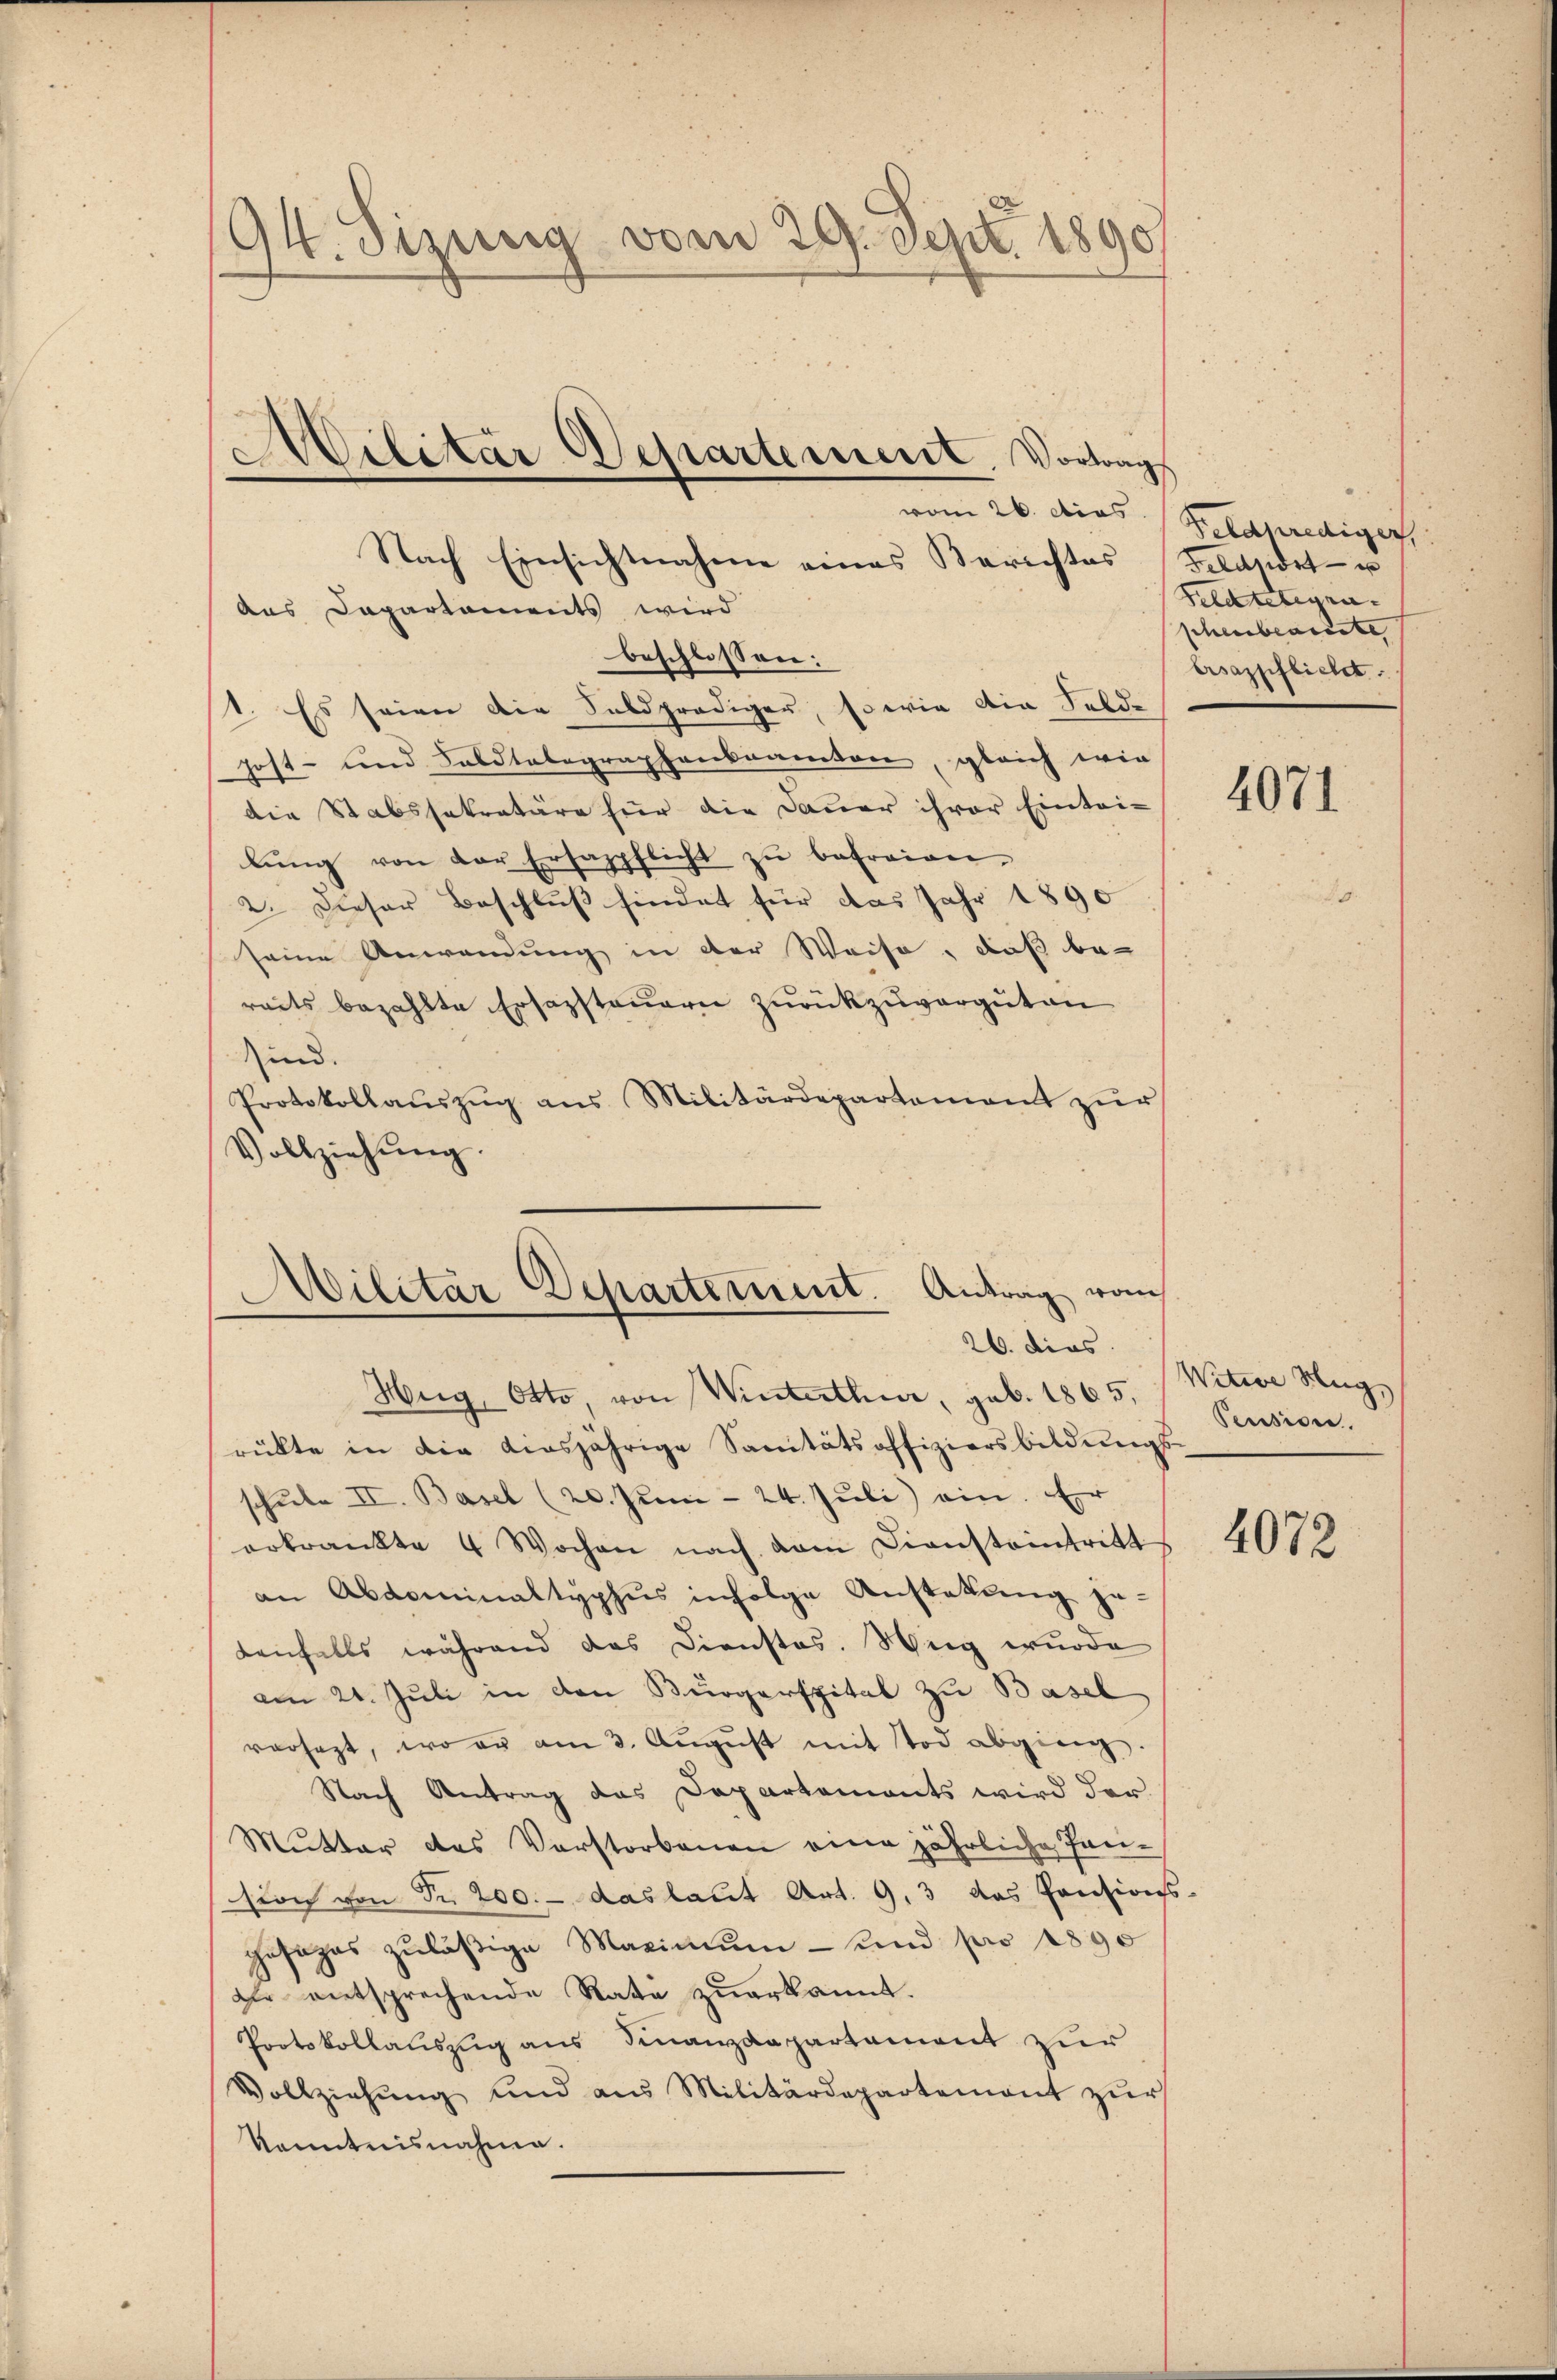
94. Sizung vom 29. Sept. 1890
e

Militar Departement. Vortrags

Nach Einsichtnahme eines Berichtes Belasidet u
aus Departements wird
beschlossen:
1. Es seien die Saldprediger, so wie die Felde
Jost- und Caldtalographenbeamten, gleich wie
die Stabssekretäre hier die Dauer ihrer Eintri-
lŭng von der Ersazpflicht zŭ befreien.
2. Dieser Beschluß hindet für das Jahr 1890
seine Anwendung in der Weise, daß bereits bezahlte Ersazsteuern zurückzuvergüten
sind.
Protokollaŭszŭg ans Militärdepartement zŭr
Vollziehŭng
Militar Departement. Antrag vom

26. dies
Hug, Otto von Winterthur, geb. 1865,

rükte in die diesjährige Sanitätsoffiziersbildŭngs-
u
schŭle II. Basel (20. Juni - 24. Jŭli ein. E
erkrankte 4 Wochen nach dem Diensteintritt
an Abdominaltyphus infolge Anstattung ge-
Lenfalls während das Dienstos. Weg wurde
am 21. Juli in den Bürgerspital zu Basel
versagt, wo er am 3. Aŭgŭst mit Tod abging.
Nach Antrag das Departements wird der
Mutter des Vorstorbenen eine jährliche Pansion von Fr. 200. - das laut Art. 9, 3 das Pensions-
gesages zuläßige Maximum - und pro 1890
Die entsprechende Rate zuerkannt.
Protokollauszug aus Finanzdepartement zur
Vollziehŭng und aus Militärdepartement zŭr
Kenntnisnahme.

vom 26. dies Geldkrediger
Schatelegra
schenbeanste |
ersazpflicht.

4071

Witwe Aug
Pension.

4072